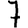
Digit: 7